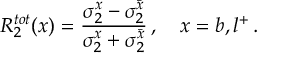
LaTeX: { \cal R } _ { 2 } ^ { t o t } ( x ) = \frac { \sigma _ { 2 } ^ { x } - \sigma _ { 2 } ^ { \bar { x } } } { \sigma _ { 2 } ^ { x } + \sigma _ { 2 } ^ { \bar { x } } } \, , \quad x = b , l ^ { + } \, .